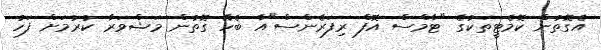
އެގޮތުން ކޮމެޓީތަކުގެ "ޓާމްސް އޮފް ރިފަރެންސް"އާ ބެހޭ ގޮތުން މަޝްވަރާ ކުރުމަށް ފަހު